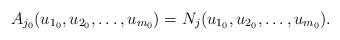
LaTeX: \begin{align*}A_{j_0}(u_{1_0},u_{2_0},\ldots,u_{m_0})= N_j(u_{1_0},u_{2_0},\ldots,u_{m_0}).\end{align*}